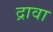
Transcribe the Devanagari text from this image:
द्रावा